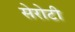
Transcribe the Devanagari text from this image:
सेरोटी